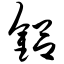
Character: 铝